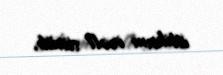
ittiham irəli sürüb.